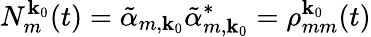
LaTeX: N_{m}^{\textbf{k}_{0}}(t)=\tilde{\alpha}_{m,\textbf{k}_{0}}\tilde{\alpha}_{m,\textbf{k}_{0}}^{*}=\rho_{mm}^{\textbf{k}_{0}}(t)